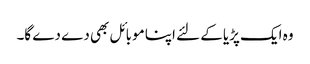
وہ ایک پڑیا کے لئے اپنا موبائل بھی دے دے گا۔